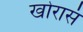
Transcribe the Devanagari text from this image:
खोरासं